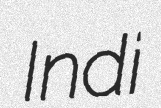
Indi